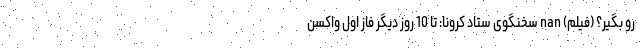
رو بگیر؟ (فیلم) nan سخنگوی ستاد کرونا: تا 10 روز دیگر فاز اول واکسن